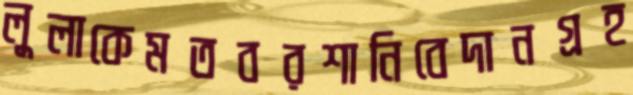
লুলাকেমতবরশানিবেদানগ্রহ